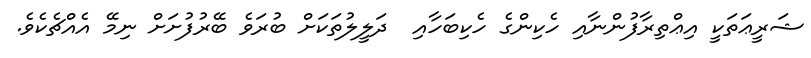
ޝަރީޢަތަކީ އިޢްތިރާފުންނާއި ހެކިންގެ ހެކިބަހާއި  ދަލީލުތަކަށް ބުރަވެ ބޭރުފުށަށް ނިމޭ އެއްޗެކެވެ.